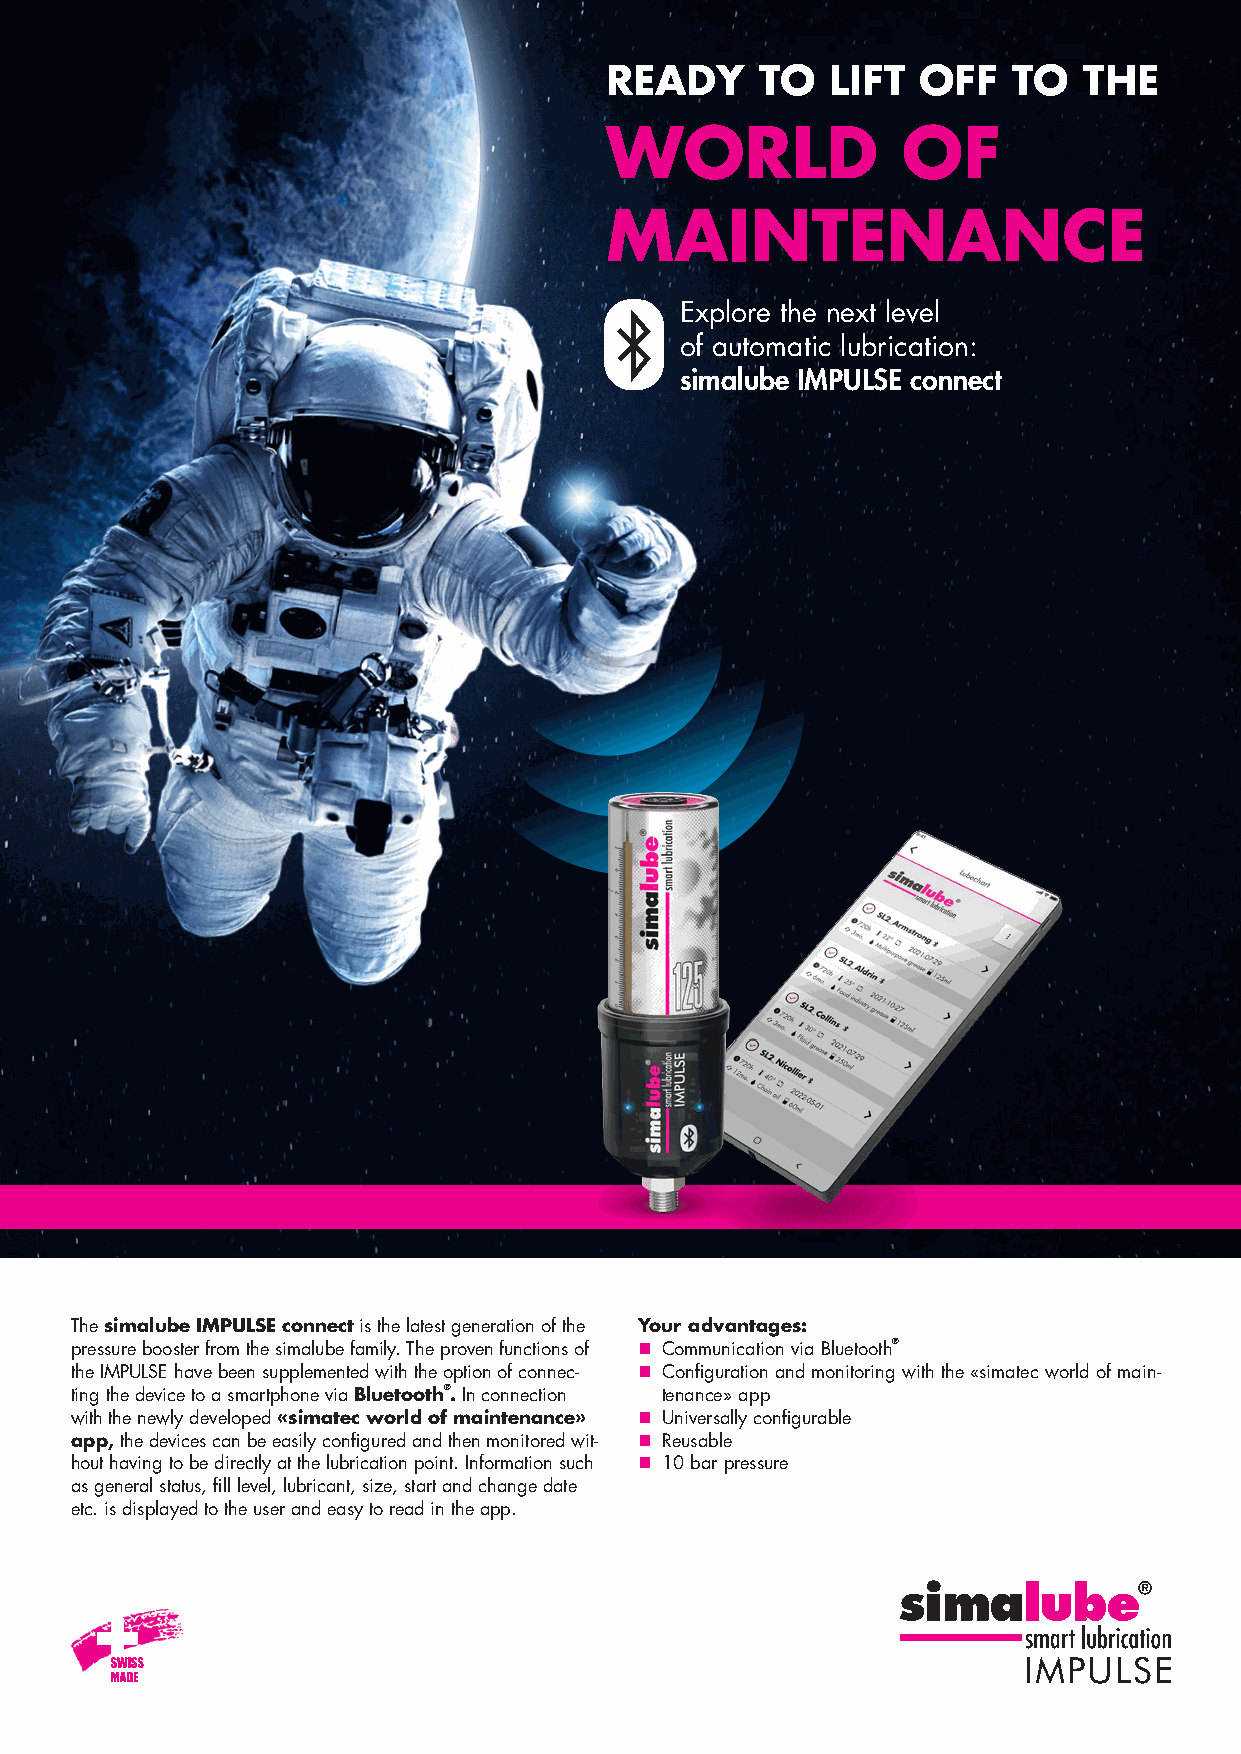
READY     TO   LIFT  OFF   TO   THE
 WORLD               OF
 MAINTENANCE
 Explore the next level
 of automatic lubrication:
 simalube IMPULSE connect
 The simalube IMPULSE connect is the latest generation of the Your advantages:
 pressure booster from the simalube family. The proven functions of n C ommunication via Bluetooth®
 the IMPULSE have been supplemented with the option of connec- n C onfiguration and monitoring with the «simatec world of main-
 ting the device to a smartphone via Bluetooth®. In connection tenance» app
 with the newly developed «simatec world of maintenance» n Universally configurable
 app, the devices can be easily configured and then monitored wit- n Reusable
 hout having to be directly at the lubrication point. Information such n 10 bar pressure
 as general status, fill level, lubricant, size, start and change date
 etc. is displayed to the user and easy to read in the app.
 IMPULSE